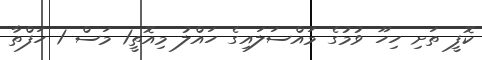
ކޮފީ ތަށި ހިހޫ ވުމުގެ މައްސަލައިގެ ހައްލު މިއޮތީ1 މަސް 1 ހަފްތާ